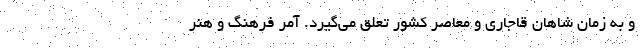
و به زمان شاهان قاجاری و معاصر کشور تعلق می‌گیرد. آمر فرهنگ و هنر